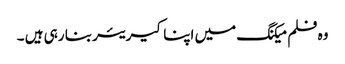
وہ فلم میکنگ میں اپنا کیریئر بنا رہی ہیں ۔